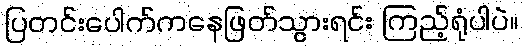
ပြတင်းပေါက်ကနေဖြတ်သွားရင်း ကြည့်ရုံပါပဲ။